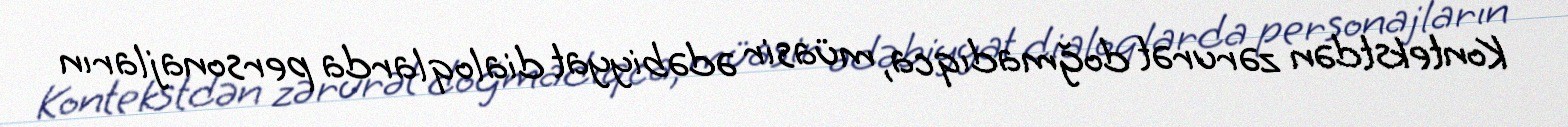
Kontekstdən zərurət doğmadıqca, müasir ədəbiyyat dialoqlarda personajların